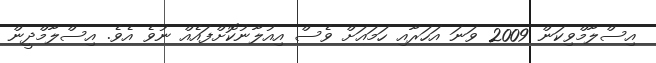
އިސްލާމްވިކަން 2009 ވަނަ އަހަރާއި ހަމައަށް ވެސް އިއުލާނުކޮށްފައެއް ނުވެ އެވެ. އިސްލާމްދީން